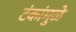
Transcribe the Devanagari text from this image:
टंकांमुळे